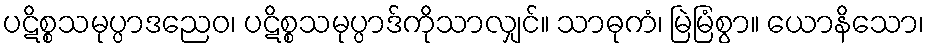
ပဋိစ္စသမုပ္ပာဒညေဝ၊ ပဋိစ္စသမုပ္ပာဒ်ကိုသာလျှင်။ သာဓုကံ၊ မြဲမြံစွာ။ ယောနိသော၊